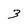
Character: 3